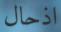
اذحال